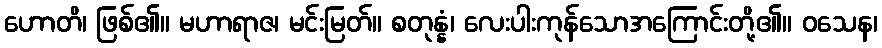
ဟောတိ၊ ဖြစ်၏။ မဟာရာဇ၊ မင်းမြတ်။ စတုန္နံ၊ လေးပါးကုန်သောအကြောင်းတို့၏။ ဝသေန၊